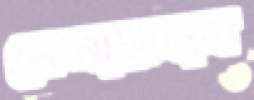
ফেনায়মান